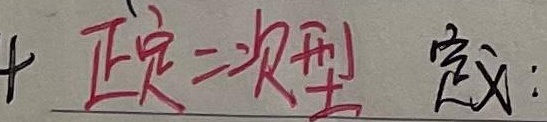
正二次型